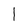
Character: 1